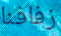
زفافنا